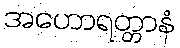
အဟောရတ္တာနံ